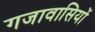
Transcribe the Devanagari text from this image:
गजावासियों